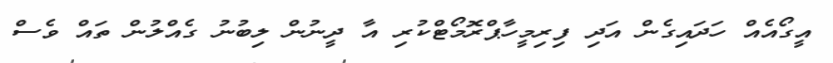
އީގޯއެއް ހަދައިގެން އަދި ފިރިމީހާޕްރޮމޯޓްކުރި އާ ދީނުން ލިބުނު ގެއްލުން ތައް ވެސް